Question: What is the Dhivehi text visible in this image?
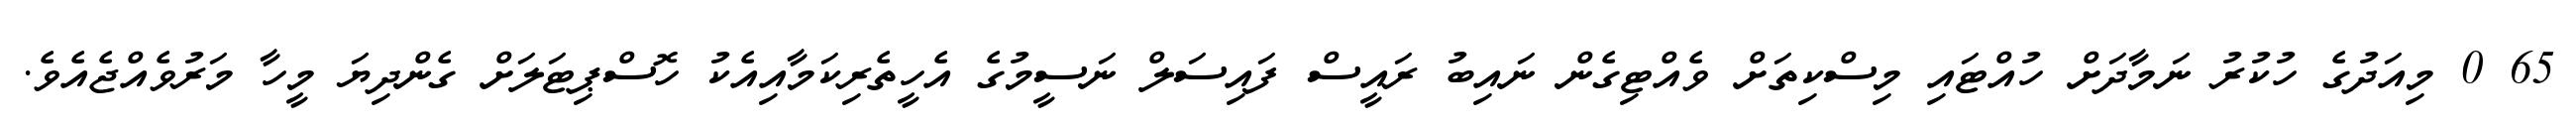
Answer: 65 0 މިއަދުގެ ހުކުރު ނަމާދަށް ހުއްޓައި މިސްކިތަށް ވެއްޓިގެން ނައިބު ރައީސް ފައިސަލް ނަސީމުގެ އެހީތެރިކަމާއިއެކު ހޮސްޕިޓަލަށް ގެންދިޔަ މީހާ މަރުވެއްޖެއެވެ.